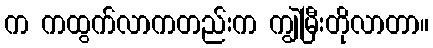
က ကထွက်လာကတည်းက ကျွဲမြီးတိုလာတာ။